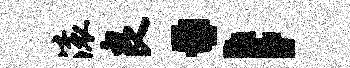
滚良；